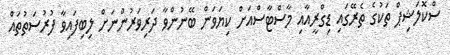
ސްކޮލަޝިޕް ތަކުގެ ތެރޭގައި ޑިގްރީއާއި މާސްޓާސްއަށް ކިޔަވަން ބޭނުންވާ ދަރިވަރުންނަށް ލިބިފައިވާ ފުރުސަތުތައް